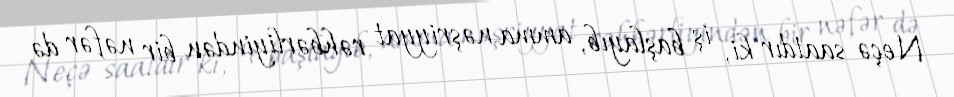
Neçə saatdır ki, iş başlayıb, amma nəşriyyat rəhbərliyindən bir nəfər də